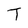
Character: T